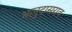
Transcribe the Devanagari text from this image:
भानुदासराव